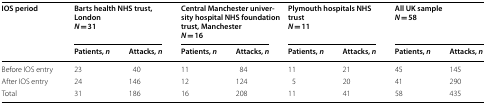
<table><thead><tr><td rowspan="2"><b>IOS period</b></td><td colspan="2"><b>Barts health NHS trust, London<i>N</i> = 31</b></td><td colspan="2"><b>Central Manchester university hospital NHS foundation trust, Manchester<i>N</i> = 16</b></td><td colspan="2"><b>Plymouth hospitals NHS trust<i>N</i> = 11</b></td><td colspan="2"><b>All UK sample<i>N</i> = 58</b></td></tr><tr><td><b>Patients, <i>n</i></b></td><td><b>Attacks, <i>n</i></b></td><td><b>Patients, <i>n</i></b></td><td><b>Attacks, <i>n</i></b></td><td><b>Patients, <i>n</i></b></td><td><b>Attacks, <i>n</i></b></td><td><b>Patients, <i>n</i></b></td><td><b>Attacks, <i>n</i></b></td></tr></thead><tbody><tr><td>Before IOS entry</td><td>23</td><td>40</td><td>11</td><td>84</td><td>11</td><td>21</td><td>45</td><td>145</td></tr><tr><td>After IOS entry</td><td>24</td><td>146</td><td>12</td><td>124</td><td>5</td><td>20</td><td>41</td><td>290</td></tr><tr><td>Total</td><td>31</td><td>186</td><td>16</td><td>208</td><td>11</td><td>41</td><td>58</td><td>435</td></tr></tbody></table>